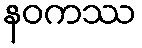
နဝကဿ